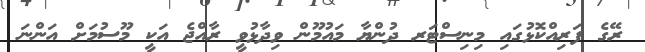
ރޭގެ ފަރިއްކޮޅުގައި މިނިސްޓަރ ދުންޔާ މައުމޫން ވިދާޅުވީ ރާއްޖެ އަކީ މޫސުމަށް އަންނަ